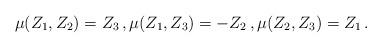
LaTeX: \begin{align*}\mu(Z_1,Z_2)=Z_3\,,\mu(Z_1,Z_3)=-Z_2\,,\mu(Z_2,Z_3)=Z_1\,. \end{align*}